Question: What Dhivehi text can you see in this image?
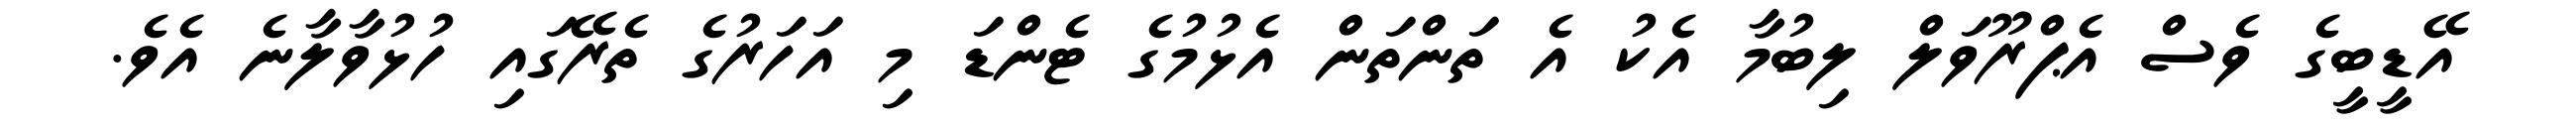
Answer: އޭޑީބީގެ ވެސް އެޕްރޫވަލް ލިބުމާ އެކު އެ ތަންތަން އެޅުމުގެ ޓެންޑަ މި އަހަރުގެ ތެރޭގައި ހުޅުވާލާނެ އެވެ.